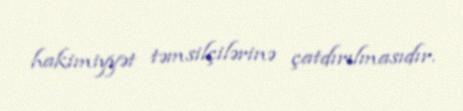
hakimiyyət təmsilçilərinə çatdırılmasıdır.